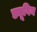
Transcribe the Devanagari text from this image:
ड्यूबिन